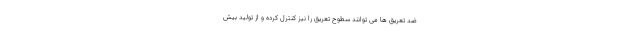
ضد تعریق ها می توانند سطوح تعریق را نیز کنترل کرده و از تولید بیش